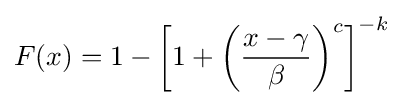
F(x)=1-\left[1+\left({\frac {x-\gamma }{\beta }}\right)^{c}\right]^{-k}